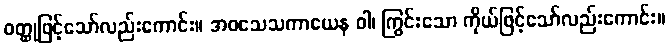
ဝတ္ထုဖြင့်သော်လည်းကောင်း။ အဝသေသကာယေန ဝါ၊ ကြွင်းသော ကိုယ်ဖြင့်သော်လည်းကောင်း။